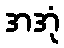
အအုံ